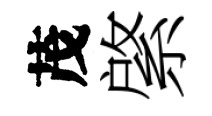
茂綮